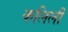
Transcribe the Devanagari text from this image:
कलिली